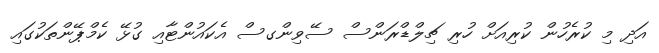
އަދި މި ކުރެހުން ކުރިއަށް ހުރި ޗިލްޑްރަންސް ސޭވިންގސް އެކައުންޓާއި ގުޅޭ ކެމްޕޭންތަކުގައި